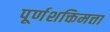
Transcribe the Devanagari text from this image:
पूर्णशक्तिमत्ता